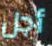
أجل